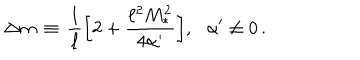
\Delta m \, \equiv \, \frac { 1 } { \ell } \bigg [ 2 + \frac { \ell ^ { 2 } M _ { * } ^ { 2 } } { 4 \alpha ^ { \prime } } \bigg ] , \, \, \, \, \alpha ^ { \prime } \neq 0 \, .